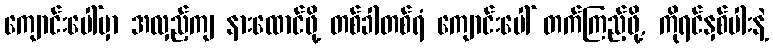
ကျောင်းပေါ်မှာ အလှည့်ကျ နားထောင်ဖို့ တစ်ခါတစ်ရံ ကျောင်းပေါ် တက်ကြည့်ဖို့, ကိုရင်နှစ်ပါးနဲ့